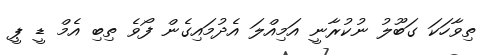
ތިވާހަކަ ގަބޫލު ނުކުރާނީ އަމިއްލަ އެދުމައިގެން ފޯވެ ތިބި އެމް ޑީ ޕީ